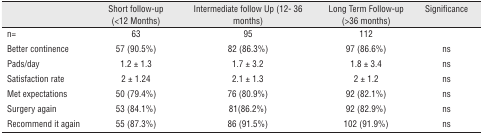
<table><thead><tr><td></td><td><b>Short follow-up (&lt;12 Months)</b></td><td><b>Intermediate follow Up (12- 36 months)</b></td><td><b>Long Term Follow-up (&gt;36 months)</b></td><td><b>Significance</b></td></tr></thead><tbody><tr><td>n=</td><td>63</td><td>95</td><td>112</td><td></td></tr><tr><td>Better continence</td><td>57 (90.5%)</td><td>82 (86.3%)</td><td>97 (86.6%)</td><td>ns</td></tr><tr><td>Pads/day</td><td>1.2 ± 1.3</td><td>1.7 ± 3.2</td><td>1.8 ± 3.4</td><td>ns</td></tr><tr><td>Satisfaction rate</td><td>2 ± 1.24</td><td>2.1 ± 1.3</td><td>2 ± 1.2</td><td>ns</td></tr><tr><td>Met expectations</td><td>50 (79.4%)</td><td>76 (80.9%)</td><td>92 (82.1%)</td><td>ns</td></tr><tr><td>Surgery again</td><td>53 (84.1%)</td><td>81(86.2%)</td><td>92 (82.9%)</td><td>ns</td></tr><tr><td>Recommend it again</td><td>55 (87.3%)</td><td>86 (91.5%)</td><td>102 (91.9%)</td><td>ns</td></tr></tbody></table>